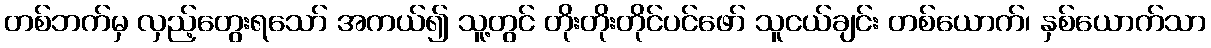
တစ်ဘက်မှ လှည့်တွေးရသော် အကယ်၍ သူ့တွင် တိုးတိုးတိုင်ပင်ဖော် သူငယ်ချင်း တစ်ယောက်၊ နှစ်ယောက်သာ